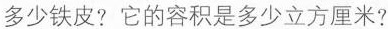
多少铁皮?它的容积是多少立方厘米?